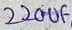
Text: 220uF